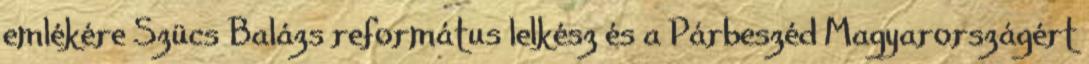
emlékére Szücs Balázs református lelkész és a Párbeszéd Magyarországért